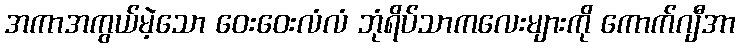
အကာအကွယ်မဲ့သော ဝေးဝေးလံလံ ဘုံရိပ်သာကလေးများကို ကောက်ဂျီအာ